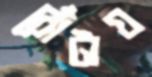
বোঁটায়